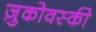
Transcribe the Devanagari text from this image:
ज़ुकोवस्की